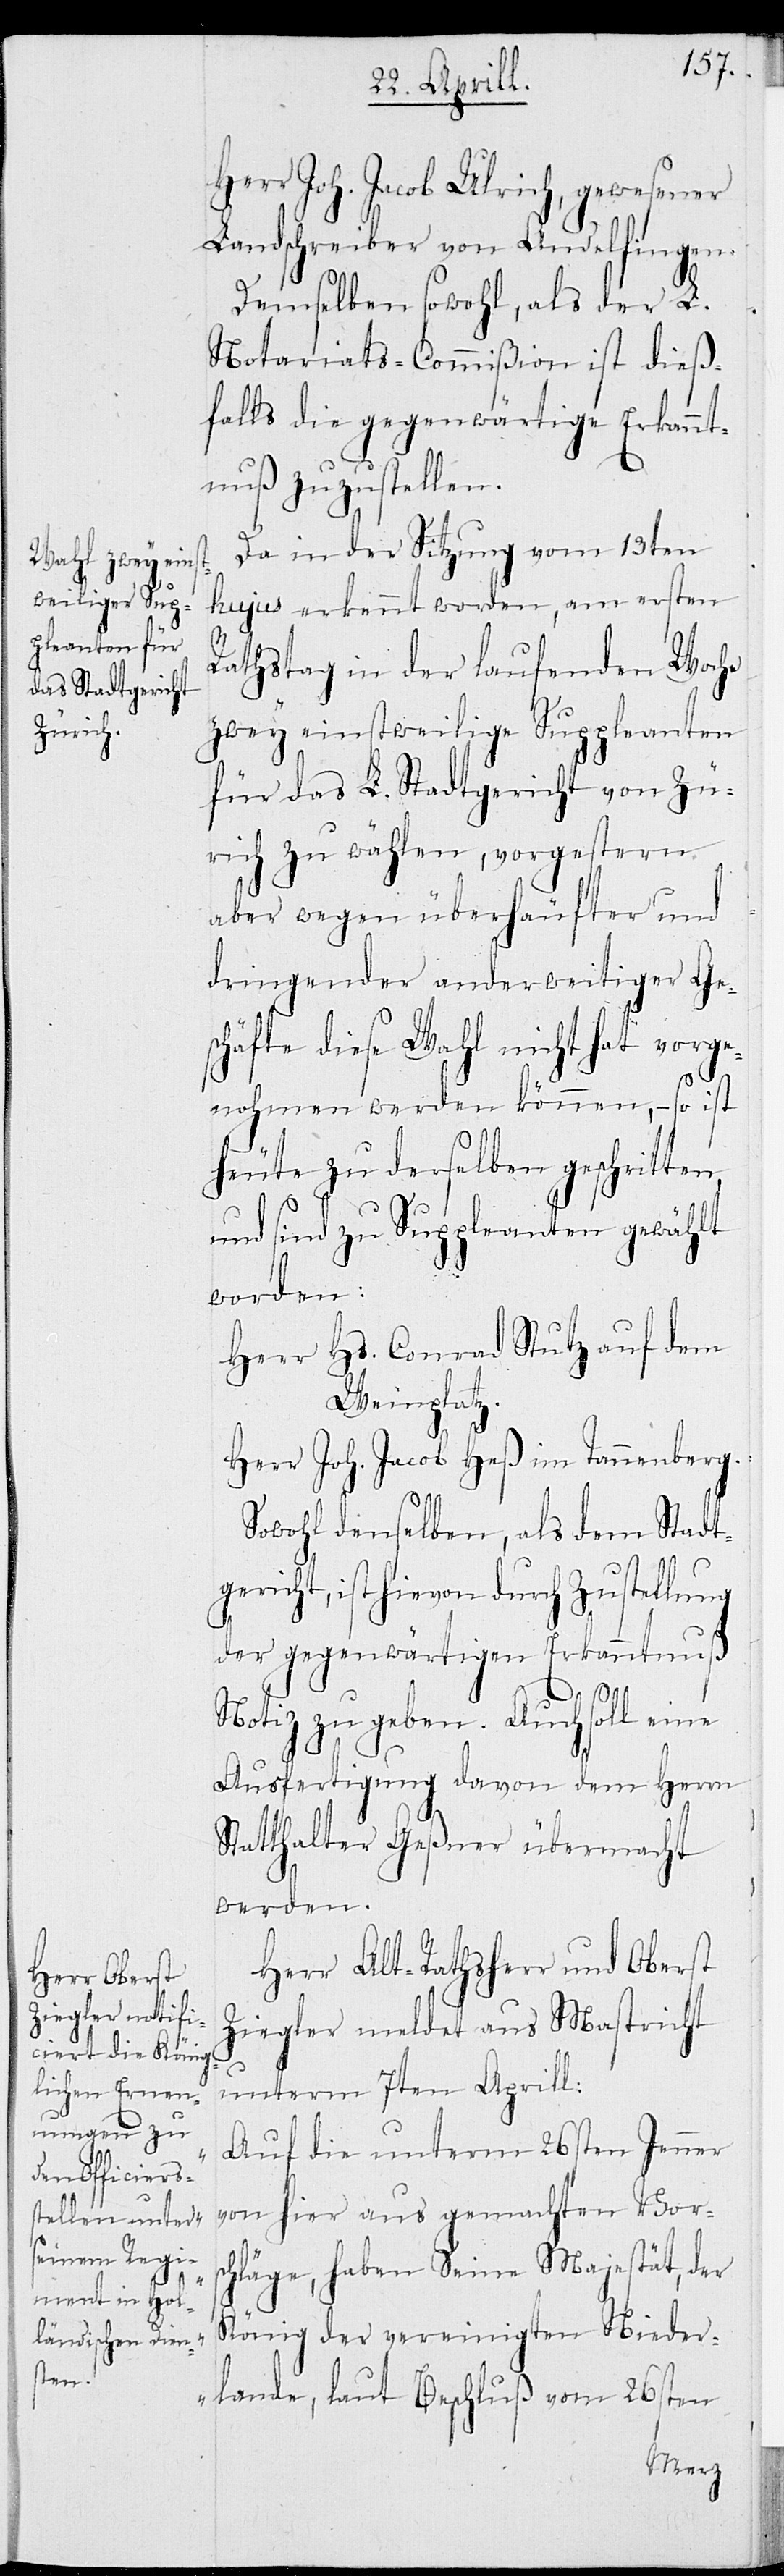
Herr Joh. Jacob Ulrich, gewesener
Landschreiber von Andelfingen.
Demselben sowohl, als der L.
Notariats-Commißion ist dieß¬
falls die gegenwärtige Erkannt¬
nuß zuzustellen.
Da in der Sitzung vom 13ten
hujus erkannt worden, am ersten
Rathstag in der laufenden Woche
zwey einstweilige Suppleanten
für das L. Stadtgericht von Zü¬
rich zu wählen, vorgestern
aber wegen überhäufter und
dringender anderweitiger Ge¬
schäfte diese Wahl nicht hat vorge¬
nohmen werden können, – so ist
heute zu derselben geschritten
und sind zu Suppleanten gewählt
worden:
Herr Hs. Conrad Stutz auf dem
Weinplatz.
Herr Joh. Jacob Heß im Tannenberg.
Sowohl denselben, als dem Stadt¬
gericht, ist hievon durch Zustellung
der gegenwärtigen Erkanntnuß
Notiz zu geben. Auch soll eine
Ausfertigung davon dem Herrn
Statthalter Geßner übermacht
werden.
Herr Alt-Rathsherr und Oberst
Ziegler meldet aus Mastricht
unterm 7ten Aprill:
„Auf die unterm 26sten Jenner
von hier aus gemachten Vors¬
chläge, haben Seine Majestät, der
König der vereinigten Nieder¬
lande, laut Beschluß vom 26sten